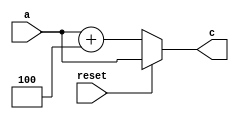
`timescale 1ns / 1ps
//////////////////////////////////////////////////////////////////////////////////
// Company: 
// Engineer: 
// 
// Design Name: 
// Module Name: npc
// Project Name: 
// Target Devices: 
// Tool Versions: 
// Description: 
// 
// Dependencies: 
// 
// Revision:
// Revision 0.01 - File Created
// Additional Comments:
// 
//////////////////////////////////////////////////////////////////////////////////


module npc(
    input [31:0] a,
    input reset,
    output [31:0] c
    );
    assign c=(reset==1)?a:a+4;
endmodule